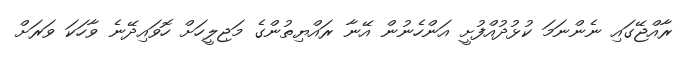
ރާއްޖޭގައި ނެންނަމަ ކުޅުދުއްފުށީ އަންހެނުން އޭނާ ރައްޔިތުންގެ މަޖިލީހަށް ހޮވައިދޭނެ ވާހަކަ ވަރަށް